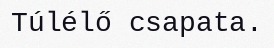
Túlélő csapata.